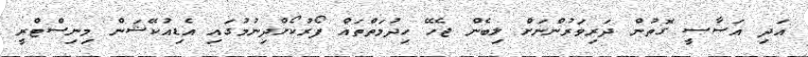
އަދި އަސާސީ ގޮތުން ދަރިވަރުންނަށް ލިބެން ޖެހޭ ހިދުމަތްތައް ފޯރުކޯށްދިނުމުގައި އެޑިއުކޭޝަން މިނިސްޓްރީ